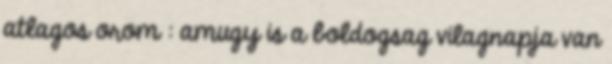
atlagos orom : amugy is a boldogsag vilagnapja van